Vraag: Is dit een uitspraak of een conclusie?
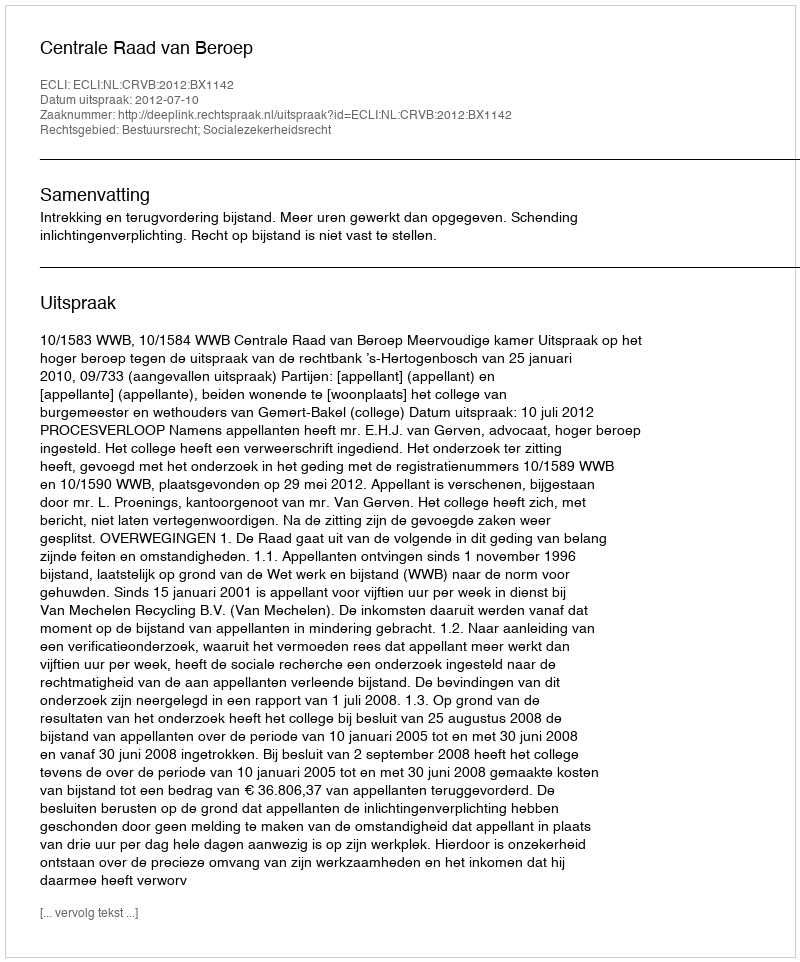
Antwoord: Uitspraak